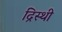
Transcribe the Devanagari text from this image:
द्रिस्थी